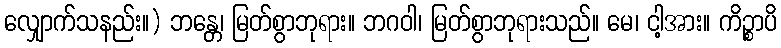
လျှောက်သနည်း။) ဘန္တေ၊ မြတ်စွာဘုရား။ ဘဂဝါ၊ မြတ်စွာဘုရားသည်။ မေ၊ ငါ့အား။ ကိဉ္စာပိ